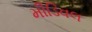
મીડિવલ